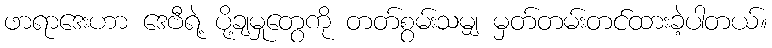
ဖာရာဒေးဟာ ဒေဗီရဲ့ ပို့ချမှုတွေကို တတ်စွမ်းသမျှ မှတ်တမ်းတင်ထားခဲ့ပါတယ်။